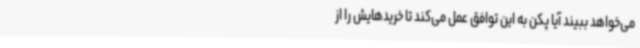
می‌خواهد ببیند آیا پکن به این توافق عمل می‌کند تا خریدهایش را از